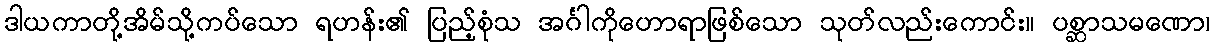
ဒါယကာတို့အိမ်သို့ကပ်သော ရဟန်း၏ ပြည့်စုံသ အင်္ဂါကိုဟောရာဖြစ်သော သုတ်လည်းကောင်း။ ပစ္ဆာသမဏော၊